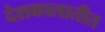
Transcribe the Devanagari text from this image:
देशकालातीत